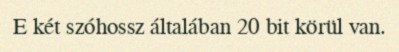
E két szóhossz általában 20 bit körül van.